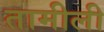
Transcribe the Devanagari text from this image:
तामीली